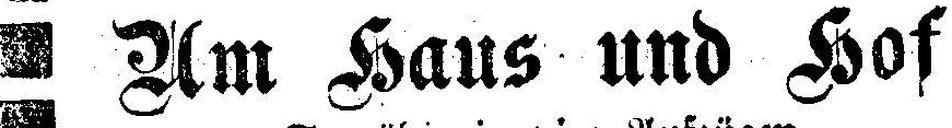
Am Haus und Hof